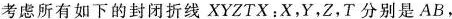
考虑所有如下的封闭折线XYZTX：X，Y，Z，T分别是AB，